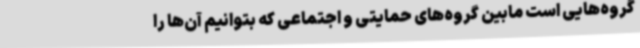
گروه‌هایی است مابین گروه‌های حمایتی و اجتماعی که بتوانیم آن‌ها را